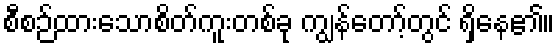
စီစဉ်ထားသောစိတ်ကူးတစ်ခု ကျွန်တော့်တွင် ရှိနေ၏။